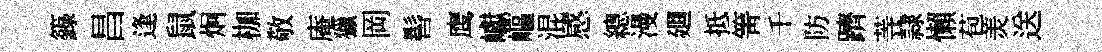
籙昌逢鼠炯枷敬庵獵岡髻鹰巘嶇混感總漫廽抵箐千防躋䓁隷懶苞羙送